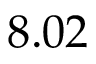
8 . 0 2